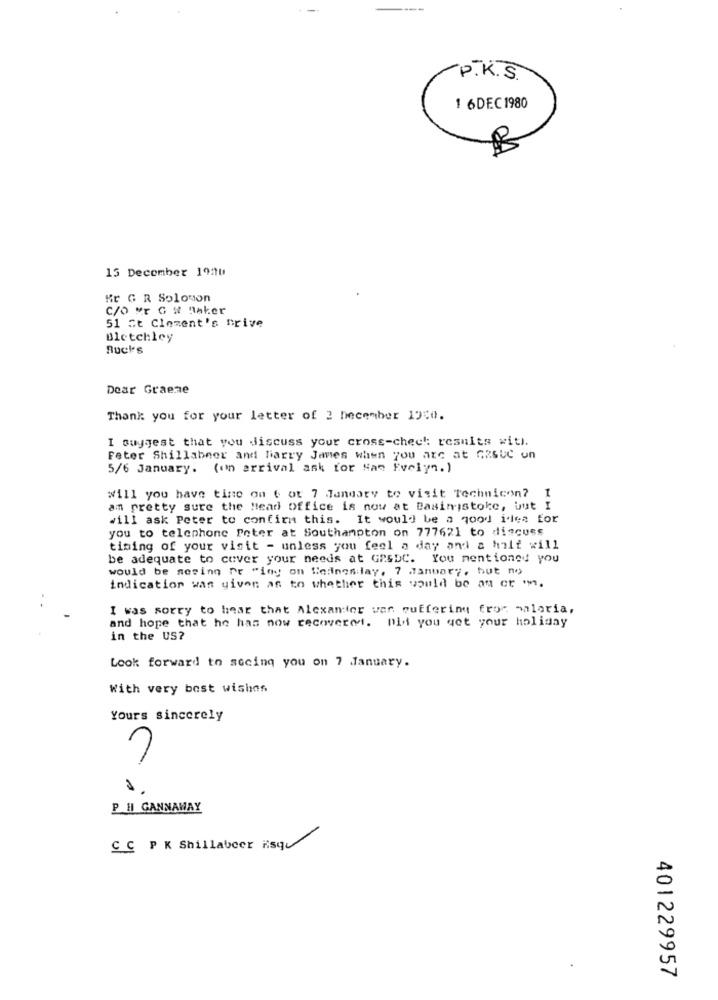
P. K. S.
1 6DEC 1980
15 December 1920
Kr G R Solomon
C/O Mr G # Baker
51 St Clement's prive
Bletchley
Bucks
Dear Graeme
Thank you for your letter of 2 December 1910.
I suggest that you discuss your cross-check results with.
Feter Shillabner and Harry James when you are at GRSUC un
5/6 January. (un arrival ask for Nas Evelyn. )
Will you have time on 6 ot 7 January to visit Technicon? I
am pretty sure the Head Office is now at Basingstoke, but I
will ask Peter to confirm this. It would be a good idea for
you to telephone Peter at Southampton on 777621 to discuss
timing of your visit - unless you feel a day and a half will
be adequate to cover your needs at GPSDC. You mentioned you
would be sesing pr "iny on Seines lay, 7 January, but no
indication was given as to whether this would be an er 'm.
I was sorry to hear that Alexander war suffering from malaria,
and hope that he has now recovered. Did you get your holiday
in the US?
Look forward to socinq you on 7 January.
With very best wishes
Yours sincerely
P H GANNAWAY
C C P K Shillabeer isqu
401229957